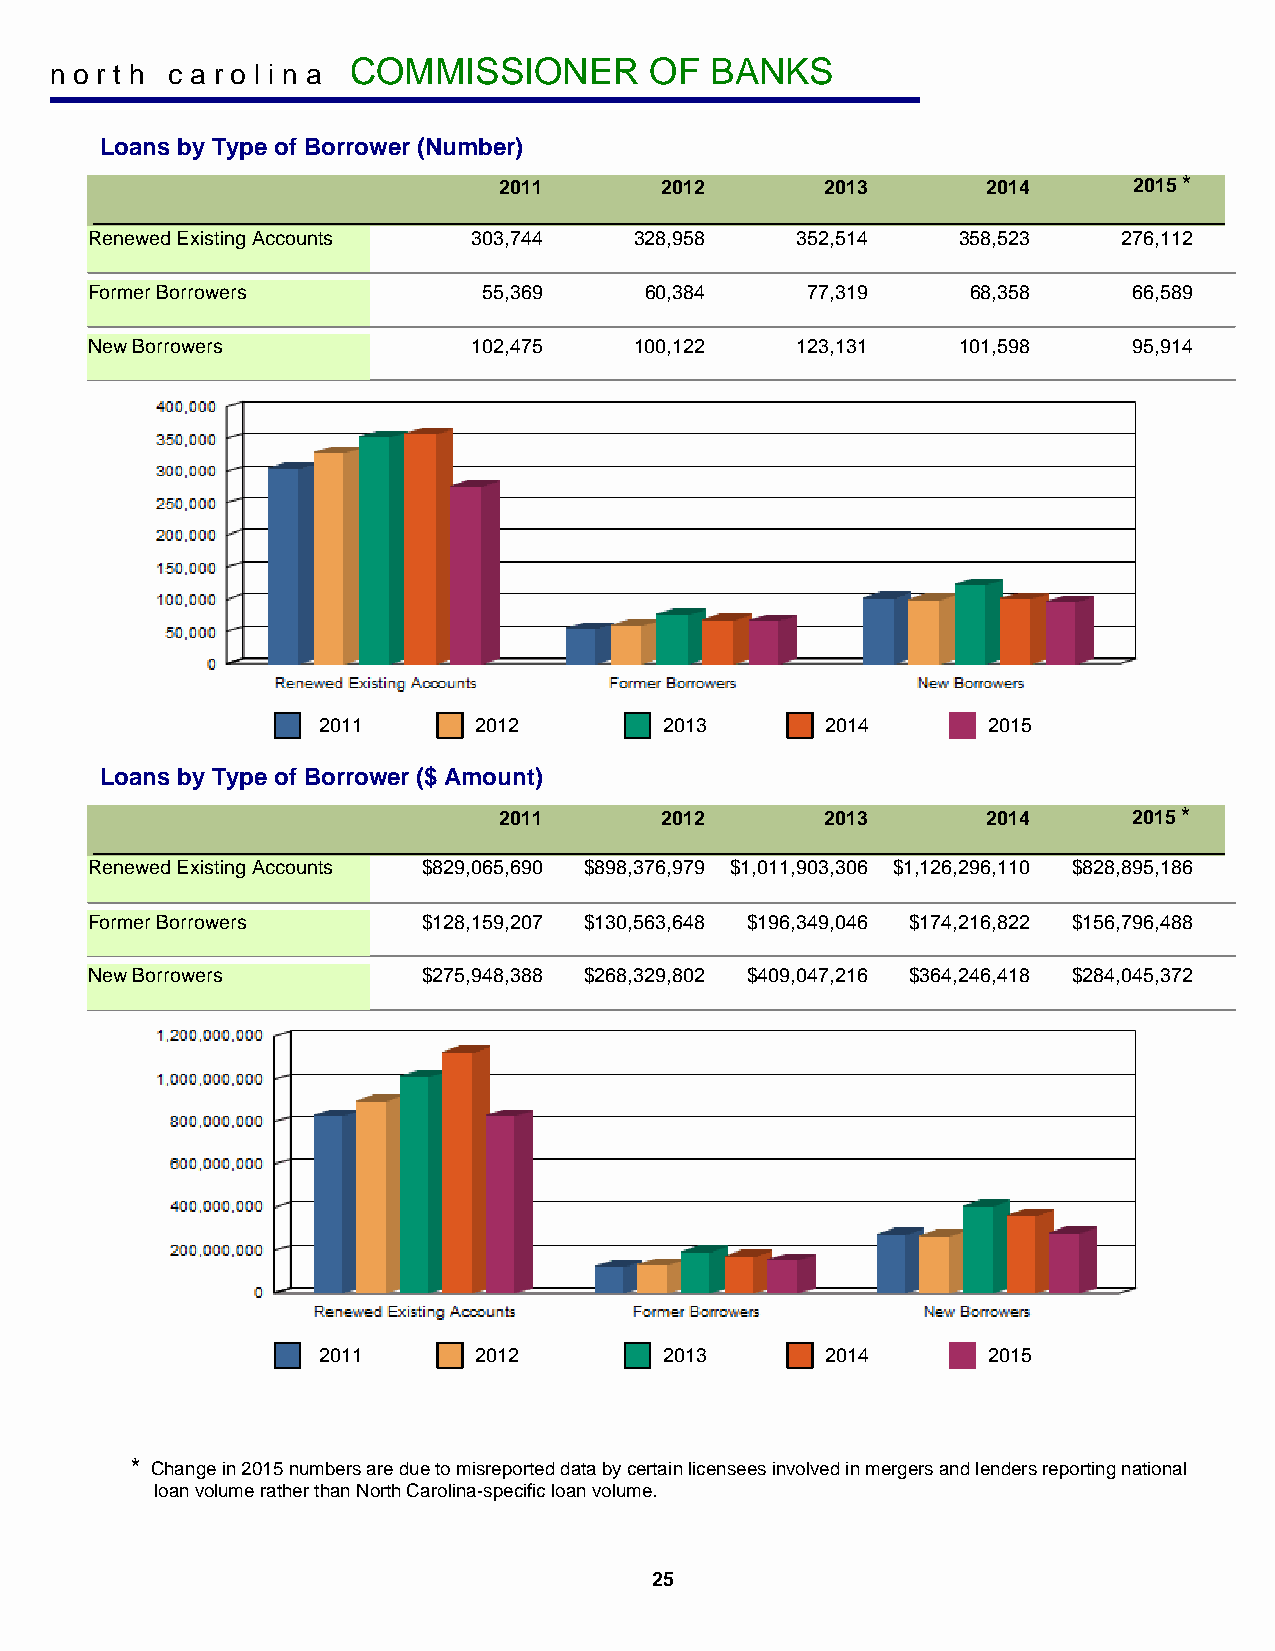
COMMISSIONER        OF  BANKS
 n o r t h c a r o l i n a
 Loans by Type of Borrower (Number)
 2011       2012       2013      2014      2015 *
 Renewed Existing Accounts 303,744   328,958    352,514   358,523    276,112
 Former Borrowers          55,369     60,384    77,319     68,358     66,589
 New Borrowers            102,475    100,122    123,131   101,598     95,914
 2011      2012         2013       2014      2015
 Loans by Type of Borrower ($ Amount)
 2011       2012       2013      2014      2015 *
 Renewed Existing Accounts $829,065,690 $898,376,979 $1,011,903,306 $1,126,296,110 $828,895,186
 Former Borrowers      $128,159,207 $130,563,648 $196,349,046 $174,216,822 $156,796,488
 New Borrowers         $275,948,388 $268,329,802 $409,047,216 $364,246,418 $284,045,372
 2011      2012         2013       2014      2015
 * Change in 2015 numbers are due to misreported data by certain licensees involved in mergers and lenders reporting national
 loan volume rather than North Carolina-specific loan volume.
 25